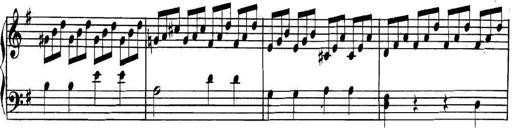
Title: Collected Piano Sonatas
Composer: Muzio Clementi